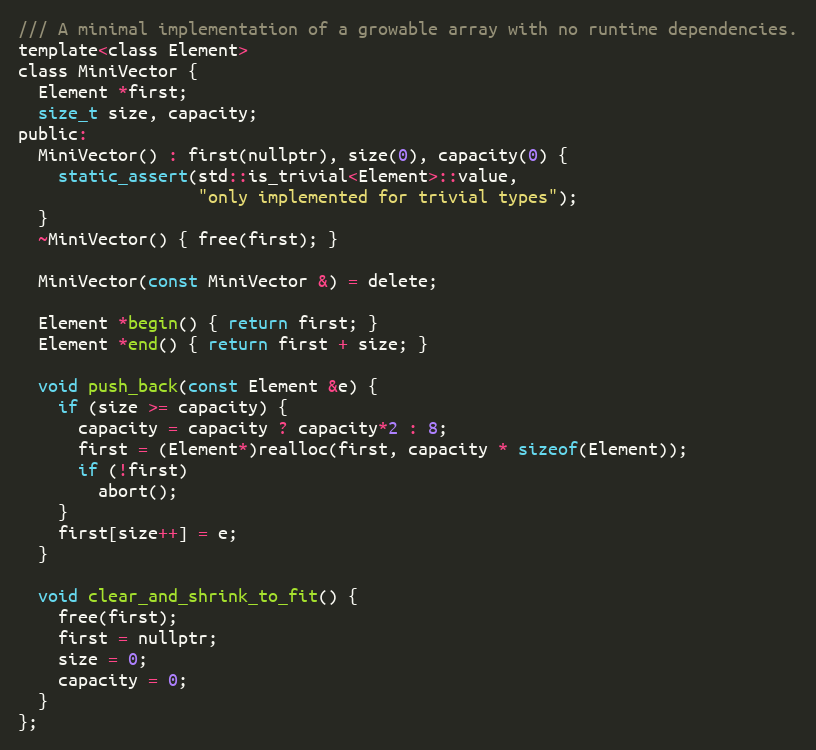
Language: C
/// A minimal implementation of a growable array with no runtime dependencies.
template<class Element>
class MiniVector {
  Element *first;
  size_t size, capacity;
public:
  MiniVector() : first(nullptr), size(0), capacity(0) {
    static_assert(std::is_trivial<Element>::value,
                  "only implemented for trivial types");
  }
  ~MiniVector() { free(first); }

  MiniVector(const MiniVector &) = delete;

  Element *begin() { return first; }
  Element *end() { return first + size; }

  void push_back(const Element &e) {
    if (size >= capacity) {
      capacity = capacity ? capacity*2 : 8;
      first = (Element*)realloc(first, capacity * sizeof(Element));
      if (!first)
        abort();
    }
    first[size++] = e;
  }

  void clear_and_shrink_to_fit() {
    free(first);
    first = nullptr;
    size = 0;
    capacity = 0;
  }
};